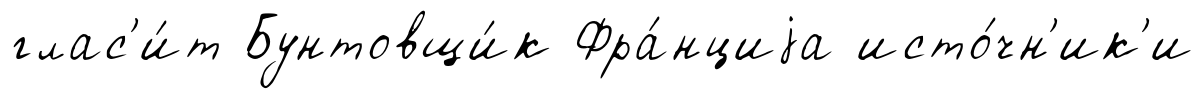
глас'и́т Бунтовщи́к Фра́нциjа исто́чн'ик'и